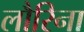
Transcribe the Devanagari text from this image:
लौरिना